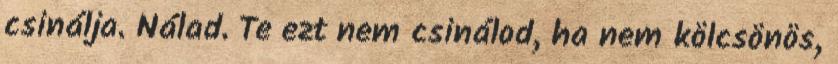
csinálja. Nálad. Te ezt nem csinálod, ha nem kölcsönös,